NAE_ERA_R-2324_Eesti_Vabariigi_Pohiseaduslik_Assamblee, lk 139
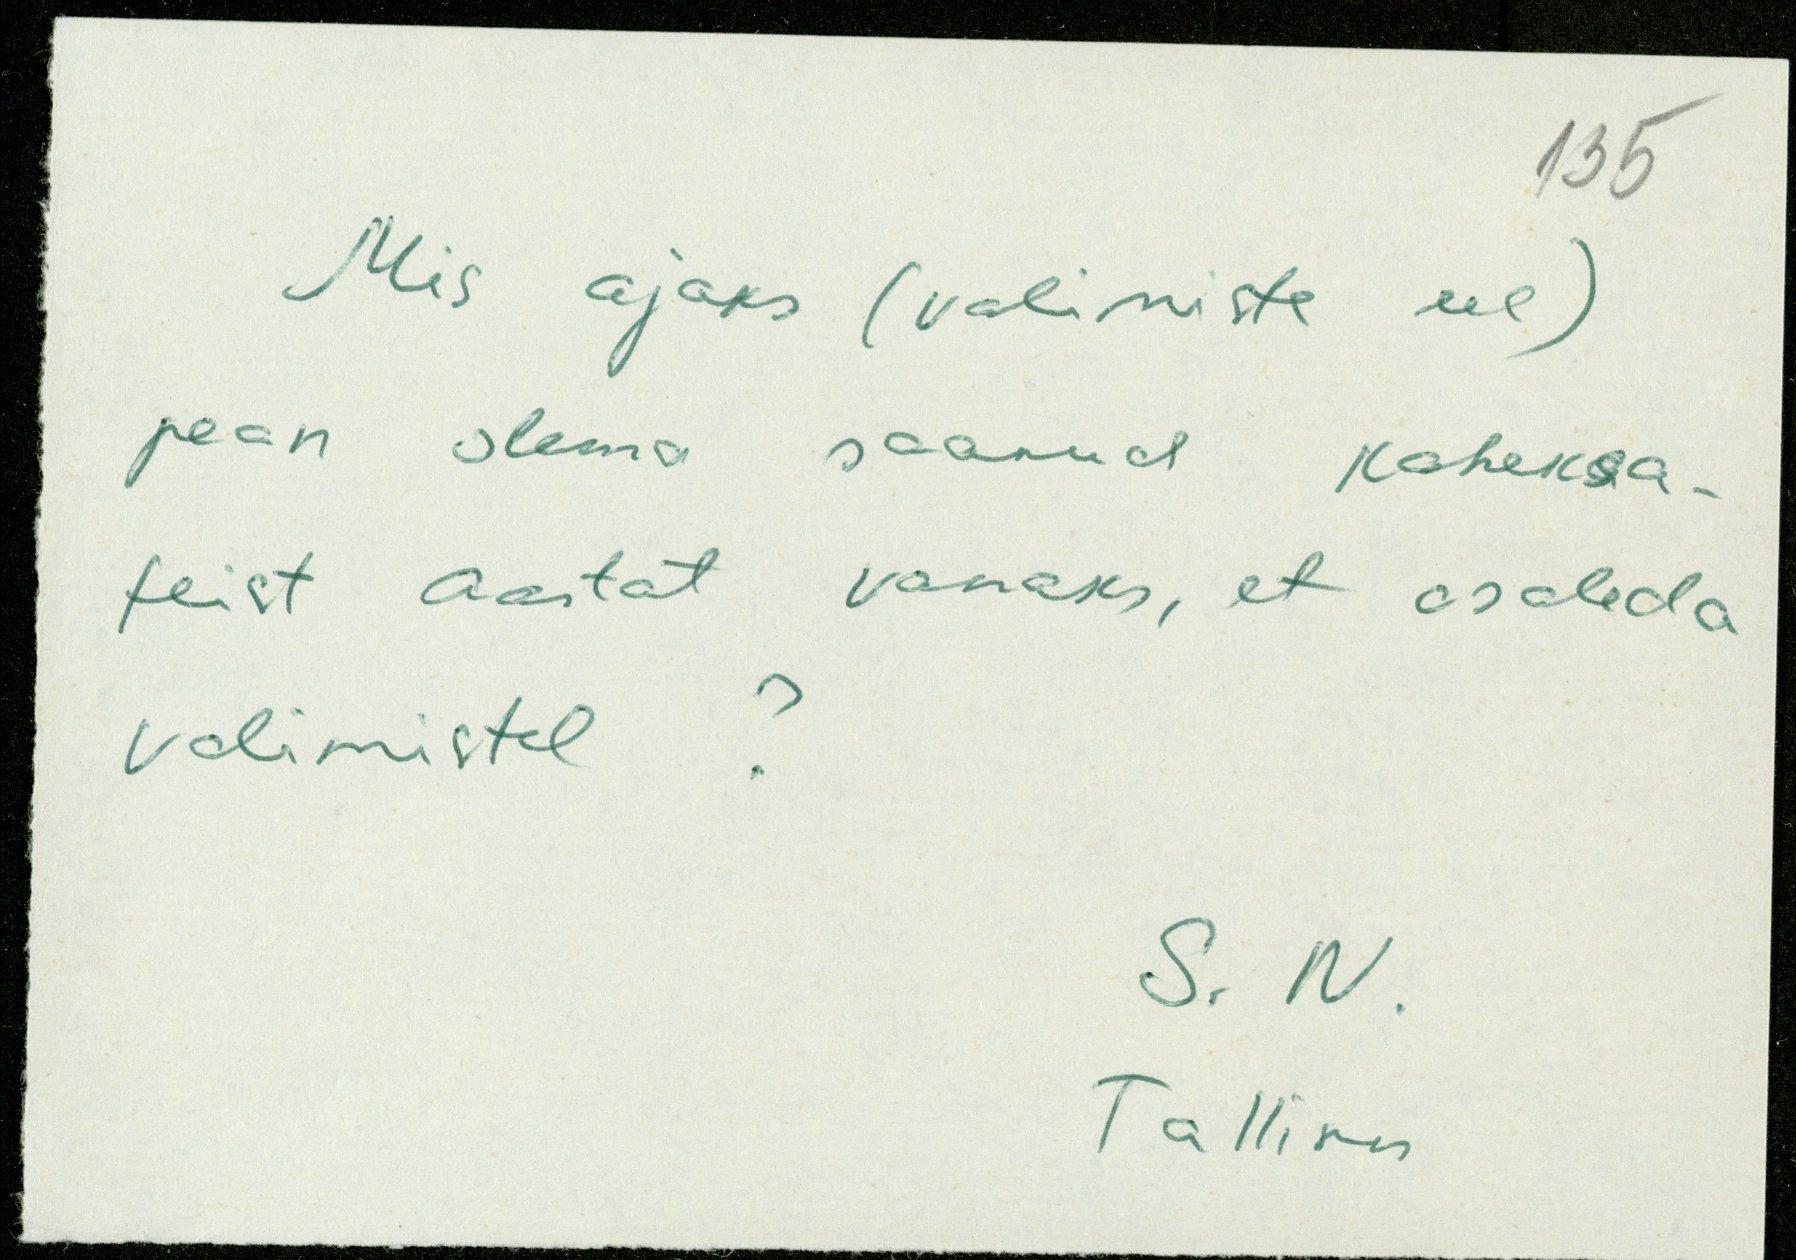
Mis ajaks (valimiste eel)
pean olema saanud kaheksa-
teist aastat vanaks, et osaleda
valimistel?
S. N.
Tallinn.